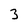
Character: 3